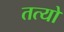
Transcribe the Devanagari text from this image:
तत्यो